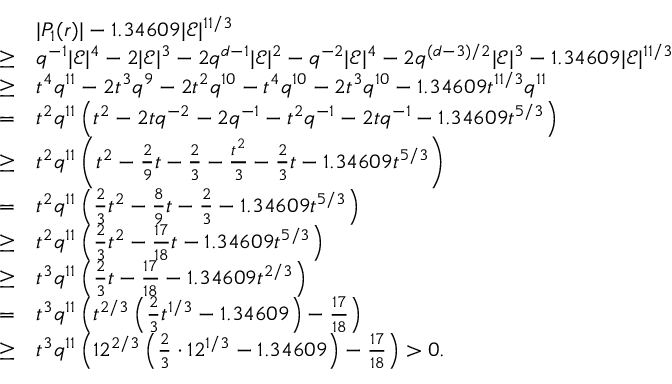
\begin{array} { r l } & { | P _ { 1 } ( r ) | - 1 . 3 4 6 0 9 | \mathcal { E } | ^ { 1 1 / 3 } } \\ { \geq } & { q ^ { - 1 } | \mathcal { E } | ^ { 4 } - 2 | \mathcal { E } | ^ { 3 } - 2 q ^ { d - 1 } | \mathcal { E } | ^ { 2 } - q ^ { - 2 } | \mathcal { E } | ^ { 4 } - 2 q ^ { ( d - 3 ) / 2 } | \mathcal { E } | ^ { 3 } - 1 . 3 4 6 0 9 | \mathcal { E } | ^ { 1 1 / 3 } } \\ { \geq } & { t ^ { 4 } q ^ { 1 1 } - 2 t ^ { 3 } q ^ { 9 } - 2 t ^ { 2 } q ^ { 1 0 } - t ^ { 4 } q ^ { 1 0 } - 2 t ^ { 3 } q ^ { 1 0 } - 1 . 3 4 6 0 9 t ^ { 1 1 / 3 } q ^ { 1 1 } } \\ { = } & { t ^ { 2 } q ^ { 1 1 } \left( t ^ { 2 } - 2 t q ^ { - 2 } - 2 q ^ { - 1 } - t ^ { 2 } q ^ { - 1 } - 2 t q ^ { - 1 } - 1 . 3 4 6 0 9 t ^ { 5 / 3 } \right) } \\ { \geq } & { t ^ { 2 } q ^ { 1 1 } \left( t ^ { 2 } - \frac 2 9 t - \frac 2 3 - \frac { t ^ { 2 } } { 3 } - \frac 2 3 t - 1 . 3 4 6 0 9 t ^ { 5 / 3 } \right) } \\ { = } & { t ^ { 2 } q ^ { 1 1 } \left( \frac { 2 } { 3 } t ^ { 2 } - \frac 8 9 t - \frac 2 3 - 1 . 3 4 6 0 9 t ^ { 5 / 3 } \right) } \\ { \geq } & { t ^ { 2 } q ^ { 1 1 } \left( \frac { 2 } { 3 } t ^ { 2 } - \frac { 1 7 } { 1 8 } t - 1 . 3 4 6 0 9 t ^ { 5 / 3 } \right) } \\ { \geq } & { t ^ { 3 } q ^ { 1 1 } \left( \frac { 2 } { 3 } t - \frac { 1 7 } { 1 8 } - 1 . 3 4 6 0 9 t ^ { 2 / 3 } \right) } \\ { = } & { t ^ { 3 } q ^ { 1 1 } \left( t ^ { 2 / 3 } \left( \frac { 2 } { 3 } t ^ { 1 / 3 } - 1 . 3 4 6 0 9 \right) - \frac { 1 7 } { 1 8 } \right) } \\ { \geq } & { t ^ { 3 } q ^ { 1 1 } \left( 1 2 ^ { 2 / 3 } \left( \frac { 2 } { 3 } \cdot 1 2 ^ { 1 / 3 } - 1 . 3 4 6 0 9 \right) - \frac { 1 7 } { 1 8 } \right) > 0 . } \end{array}